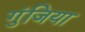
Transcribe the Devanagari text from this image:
गुंजिया